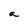
Character: a